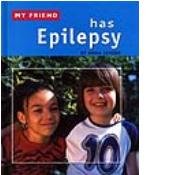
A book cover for My Friend Has Epilepsy; Anna Levene; Health, Fitness & Dieting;